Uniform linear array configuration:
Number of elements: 24
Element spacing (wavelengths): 0.75
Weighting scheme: uniform
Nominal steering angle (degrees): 60
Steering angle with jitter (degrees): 58.041
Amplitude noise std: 0.05
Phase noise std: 0.05

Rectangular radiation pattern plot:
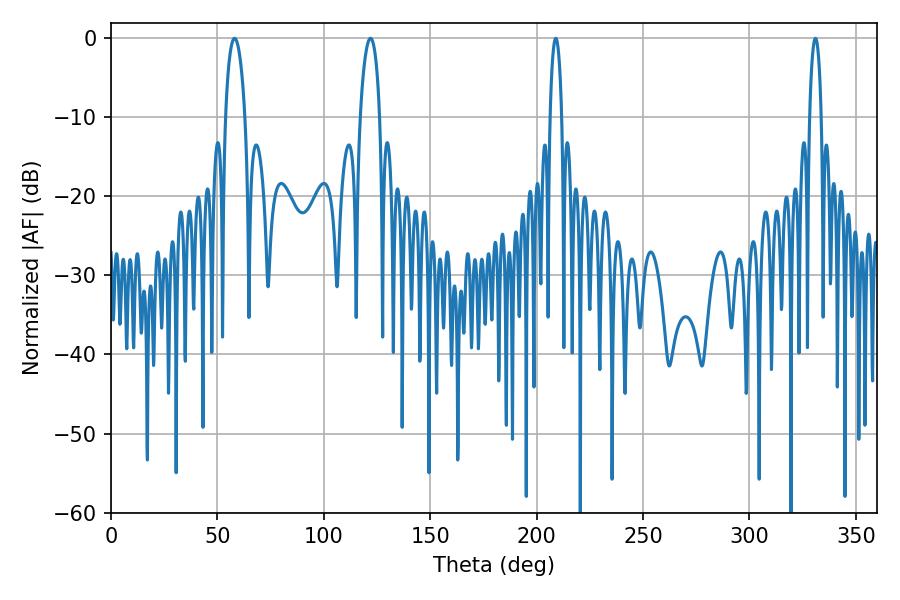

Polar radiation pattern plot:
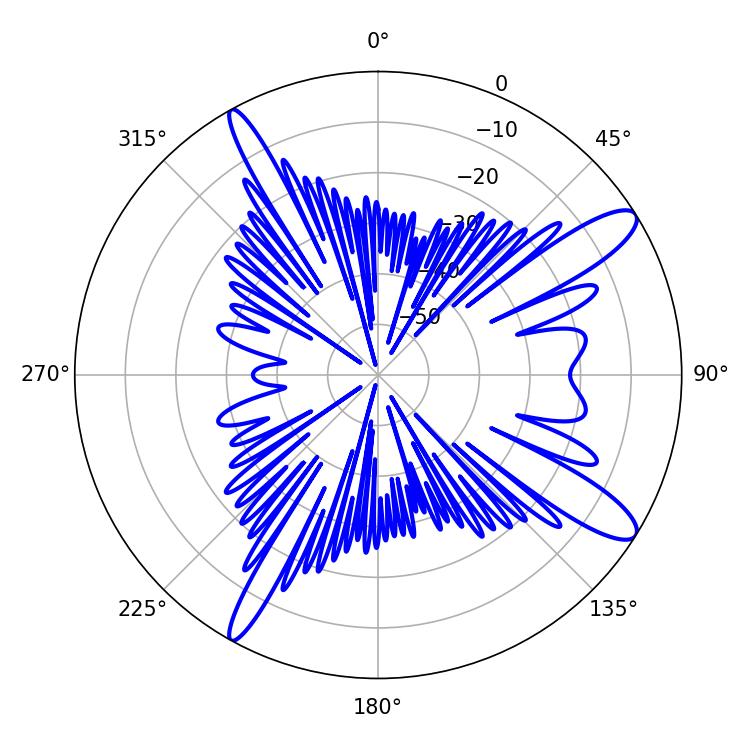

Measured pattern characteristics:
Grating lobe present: TRUE
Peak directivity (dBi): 12.305
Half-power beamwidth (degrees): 3.06
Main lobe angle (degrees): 208.98